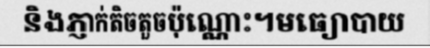
និងភ្ញាក់តិចតួចប៉ុណ្ណោះ។មធ្យោបាយ